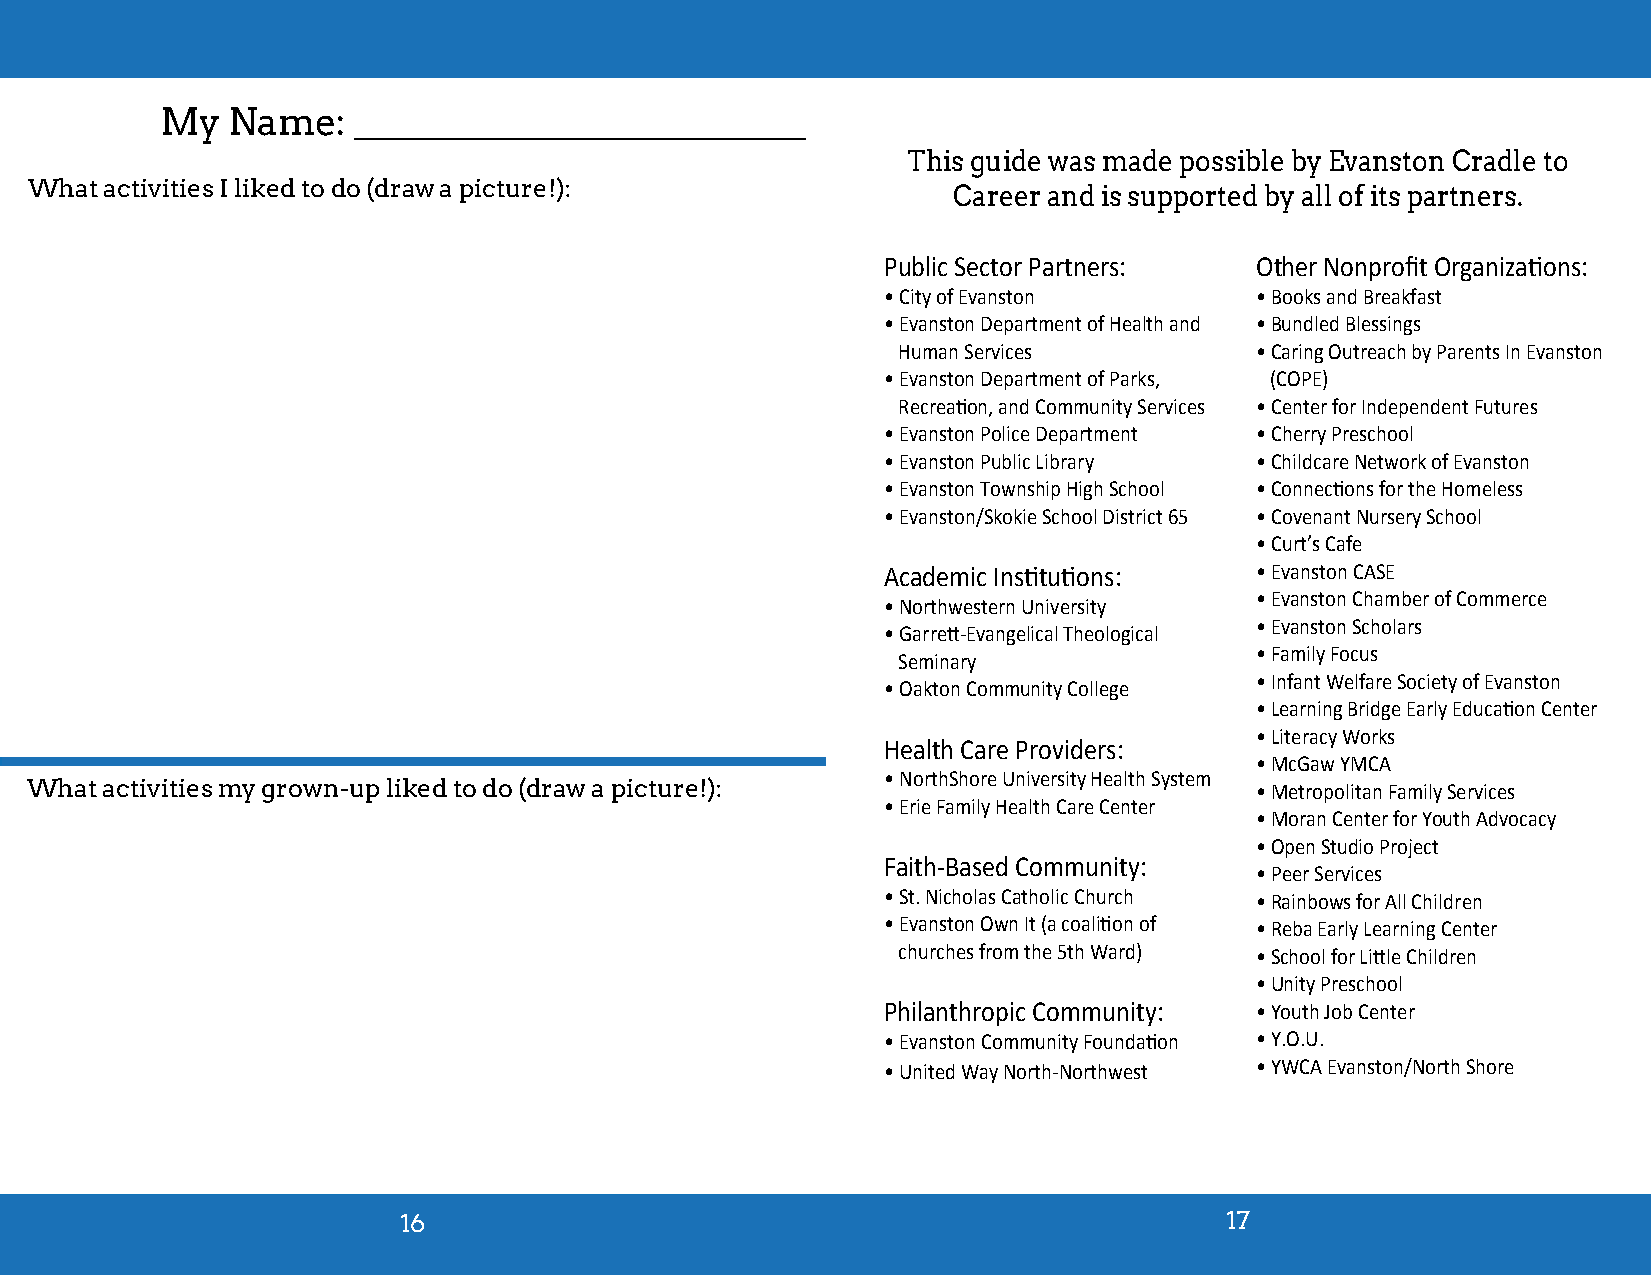
My  Name:   ________________________
 This guide was made possible by Evanston Cradle to
 What activities I liked to do (draw a picture!):             Career and is supported by all of its partners.
 Public Sector Partners: Other Nonprofit Organizations:
 • City of Evanston      • Books and Breakfast
 • Evanston Department of Health and • Bundled Blessings
 Human Services          • Caring Outreach by Parents In Evanston
 • Evanston Department of Parks, (COPE)
 Recreation, and Community Services • Center for Independent Futures
 • Evanston Police Department • Cherry Preschool
 • Evanston Public Library • Childcare Network of Evanston
 • Evanston Township High School • Connections for the Homeless
 • Evanston/Skokie School District 65 • Covenant Nursery School
 • Curt’s Cafe
 Academic Institutions:  • Evanston CASE
 • Evanston Chamber of Commerce
 • Northwestern University
 • Evanston Scholars
 • Garrett-Evangelical Theological
 • Family Focus
 Seminary
 • Infant Welfare Society of Evanston
 • Oakton Community College
 • Learning Bridge Early Education Center
 • Literacy Works
 Health Care Providers:
 • McGaw YMCA
 • NorthShore University Health System
 What activities my grown-up liked to do (draw a picture!):                       • Metropolitan Family Services
 • Erie Family Health Care Center
 • Moran Center for Youth Advocacy
 • Open Studio Project
 Faith-Based Community:
 • Peer Services
 • St. Nicholas Catholic Church • Rainbows for All Children
 • Evanston Own It (a coalition of • Reba Early Learning Center
 churches from the 5th Ward) • School for Little Children
 • Unity Preschool
 Philanthropic Community: • Youth Job Center
 • Evanston Community Foundation • Y.O.U.
 • United Way North-Northwest • YWCA Evanston/North Shore
 16                                                     17